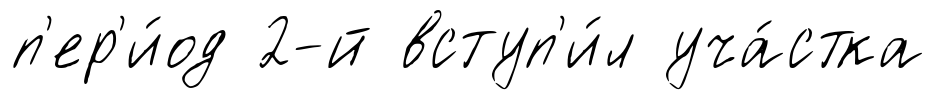
п'ер'и́од 2-й вступ'и́л уча́стка